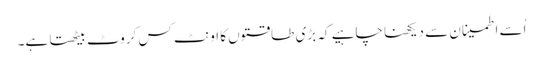
اُسے اطمینان سے دیکھنا چاہیے کہ بڑی طاقتوں کا اونٹ کس کروٹ بیٹھتا ہے۔